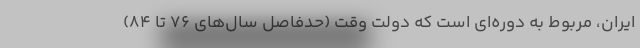
ایران، مربوط به دوره‌ای است که دولت وقت (حدفاصل سال‌های ۷۶ تا ۸۴)